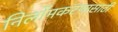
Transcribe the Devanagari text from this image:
निर्लोमकरणासाठी